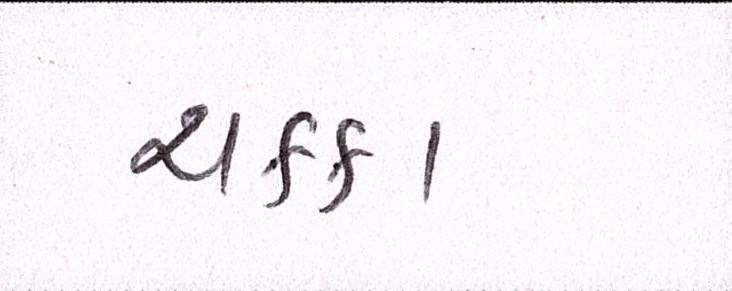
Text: ચક્કા